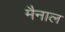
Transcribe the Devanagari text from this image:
मैनाल